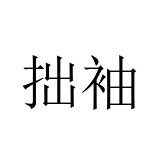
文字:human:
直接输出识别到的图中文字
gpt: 拙袖